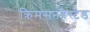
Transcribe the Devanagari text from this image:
क्रिमसनब्रेस्टेड